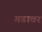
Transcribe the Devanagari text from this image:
गडावर